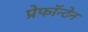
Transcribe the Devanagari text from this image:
प्रेफॉन्टेन